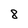
Character: 8